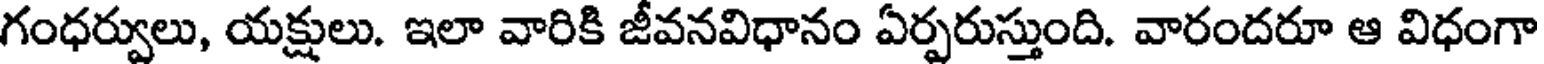
గంధర్వులు, యక్షులు. ఇలా వారికి జీవనవిధానం ఏర్పరుస్తుంది. వారందరూ ఆ విధంగా